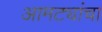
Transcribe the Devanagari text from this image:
आमट्यांचा